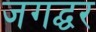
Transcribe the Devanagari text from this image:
जगद्घर